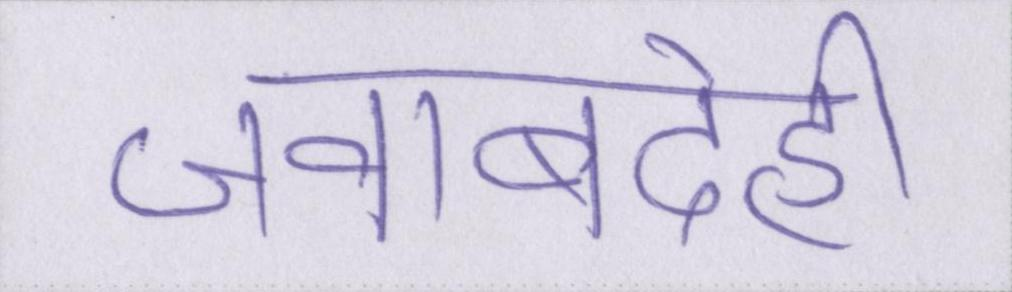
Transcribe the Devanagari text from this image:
जवाबदेही